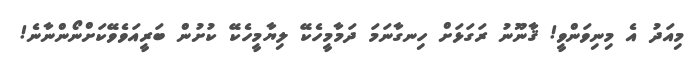
މިއަދު އެ މިނިވަންވީ! ޤާނޫނު ރަގަޅަށް ހިނގާނަމަ ދަމާމީހެކޭ ލިޔާމީހެކޭ ކުށުން ބަރީއަވެވޭކަށްނޯންނާނެ!